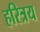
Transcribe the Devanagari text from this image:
हरित्रय